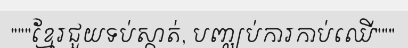
"""ខ្មែរជួយទប់ស្កាត់, បញ្ឈប់ការកាប់ឈើ"""